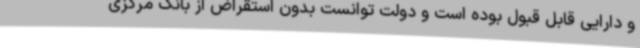
و دارایی قابل قبول بوده است و دولت توانست بدون استقراض از بانک مرکزی